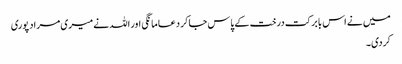
میں نے اس بابرکت درخت کے پاس جاکر دعا مانگی اور اللہ نے میری مراد پوری
کردی۔